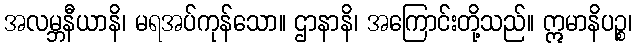
အလမ္ဘနီယာနိ၊ မရအပ်ကုန်သော။ ဌာနာနိ၊ အကြောင်းတို့သည်။ ဣမာနိပဉ္စ၊